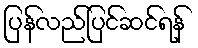
ပြန်လည်ပြင်ဆင်ရန်